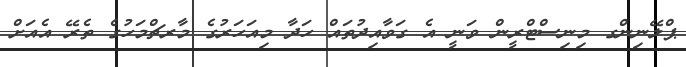
ޕްލޭނިންގ މިނިސްޓްރީން ވަނީ އެ ގަވާއިދުތައް ހަދާ މިއަހަރުގެ މާރޗްމަހުގެ ތެރޭ އެއަށް